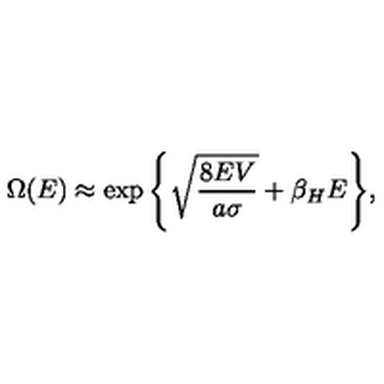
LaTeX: \Omega ( E ) \approx \exp { \left\{ \sqrt { \frac { 8 E V } { a \sigma } } + \beta _ { H } E \right\} } ,